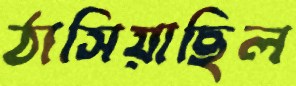
ঠাসিয়াছিল